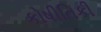
કોષીતિકી